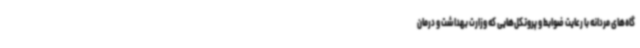
گاه‌های مردانه با رعایت ضوابط و پروتکل‌هایی که وزارت بهداشت و درمان